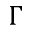
\Gamma